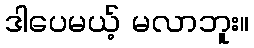
ဒါပေမယ့် မလာဘူး။